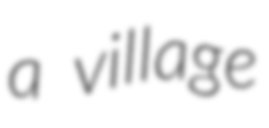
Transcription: a village